Annual administration and progress report of the Indian Medical Department, Bombay
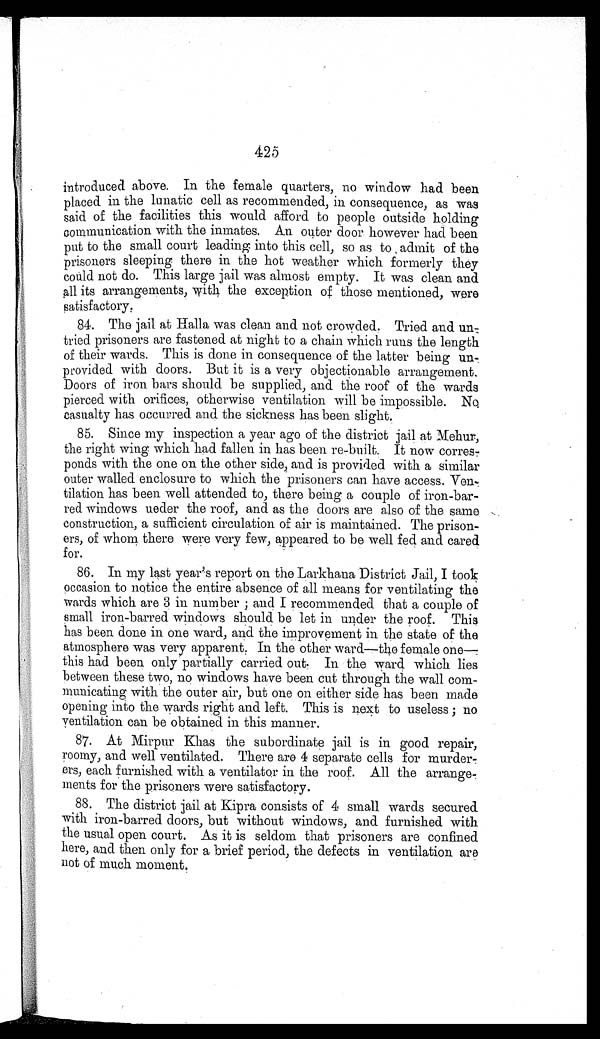
425
introduced above. In the female quarters, no window had been
placed in the lunatic cell as recommended, in consequence, as was
said of the facilities this would afford to people outside holding
communication with the inmates. An outer door however had been
put to the small court leading into this cell, so as to admit of the
prisoners sleeping there in the hot weather which formerly they
could not do. This large jail was almost empty. It was clean and
all its arrangements, with the exception of those mentioned, were
satisfactory.
84. The jail at Halla was clean and not crowded. Tried and un-
tried prisoners are fastened at night to a chain which runs the length
of their wards. This is done in consequence of the latter being un
- p r o v i d e d w i t h d o o r s . B u t i t i s a v e r y o b j e c t i o n a b l e a r r a n g e m e n t .
Doors of iron bars should be supplied, and the roof of the wards
pierced with orifices, otherwise ventilation will be impossible. No
casualty has occurred and the sickness has been slight.
85. Since my inspection a year ago of the district jail at Mehur,
the right wing which had fallen in has been re-built. It now corres
- p o n d s w i t h t h e o n e o n t h e o t h e r s i d e , a n d i s p r o v i d e d w i t h a s i m i l a r
outer walled enclosure to which the prisoners can have access. Ven
-tilation has been well attended to, there being a couple of iron-bar
- r e d w i n d o w s u e d e r t h e r o o f , a n d a s t h e d o o r s a r e a l s o o f t h e s a m e
construction, a sufficient circulation of air is maintained. The prison
- e r s , o f w h o m t h e r e w e r e v e r y f e w , a p p e a r e d t o b e w e l l f e d a n d c a r e d
for.
86. In my last year's report on the Larkhana District Jail, I took
occasion to notice the entire absence of all means for ventilating the
wards which are 3 in number; and I recommended that a couple of
small iron-barred windows should be let in under the roof. This
has been done in one ward, and the improvement in the state of the
atmosphere was very apparent. In the other ward—the female one
— t h i s h a d b e e n o n l y p a r t i a l l y c a r r i e d o u t . I n t h e w a r d w h i c h l i e s
between these two, no windows have been cut through the wall com
- m u n i c a t i n g w i t h t h e o u t e r a i r , b u t o n e o n e i t h e r s i d e h a s b e e n m a d e
opening into the wards right and left. This is next to useless; no
ventilation can be obtained in this manner.
87. At Mirpur Khas the subordinate jail is in good repair,
roomy, and well ventilated. There are 4 separate cells for murder
-ers, each furnished with a ventilator in the roof. All the arrange
- m e n t s f o r t h e p r i s o n e r s w e r e s a t i s f a c t o r y .
88. The district jail at Kipra consists of 4 small wards secured
with iron-barred doors, but without windows, and furnished with
the usual open court. As it is seldom that prisoners are confined
here, and then only for a brief period, the defects in ventilation are
not of much moment.